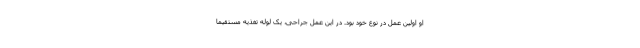
او اولین عمل در نوع خود بود. در این عمل جراحی، یک لوله تغذیه مستقیماً